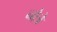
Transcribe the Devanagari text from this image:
नोत्रे